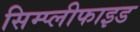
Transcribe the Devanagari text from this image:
सिम्प्लीफाइड